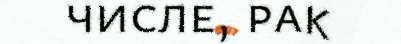
числе, рак